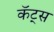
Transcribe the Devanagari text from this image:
कॅट्स